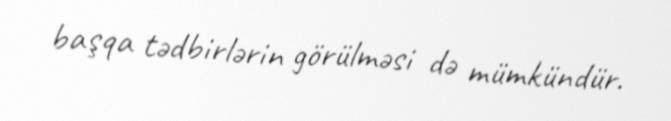
başqa tədbirlərin görülməsi də mümkündür.